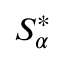
S _ { \alpha } ^ { * }